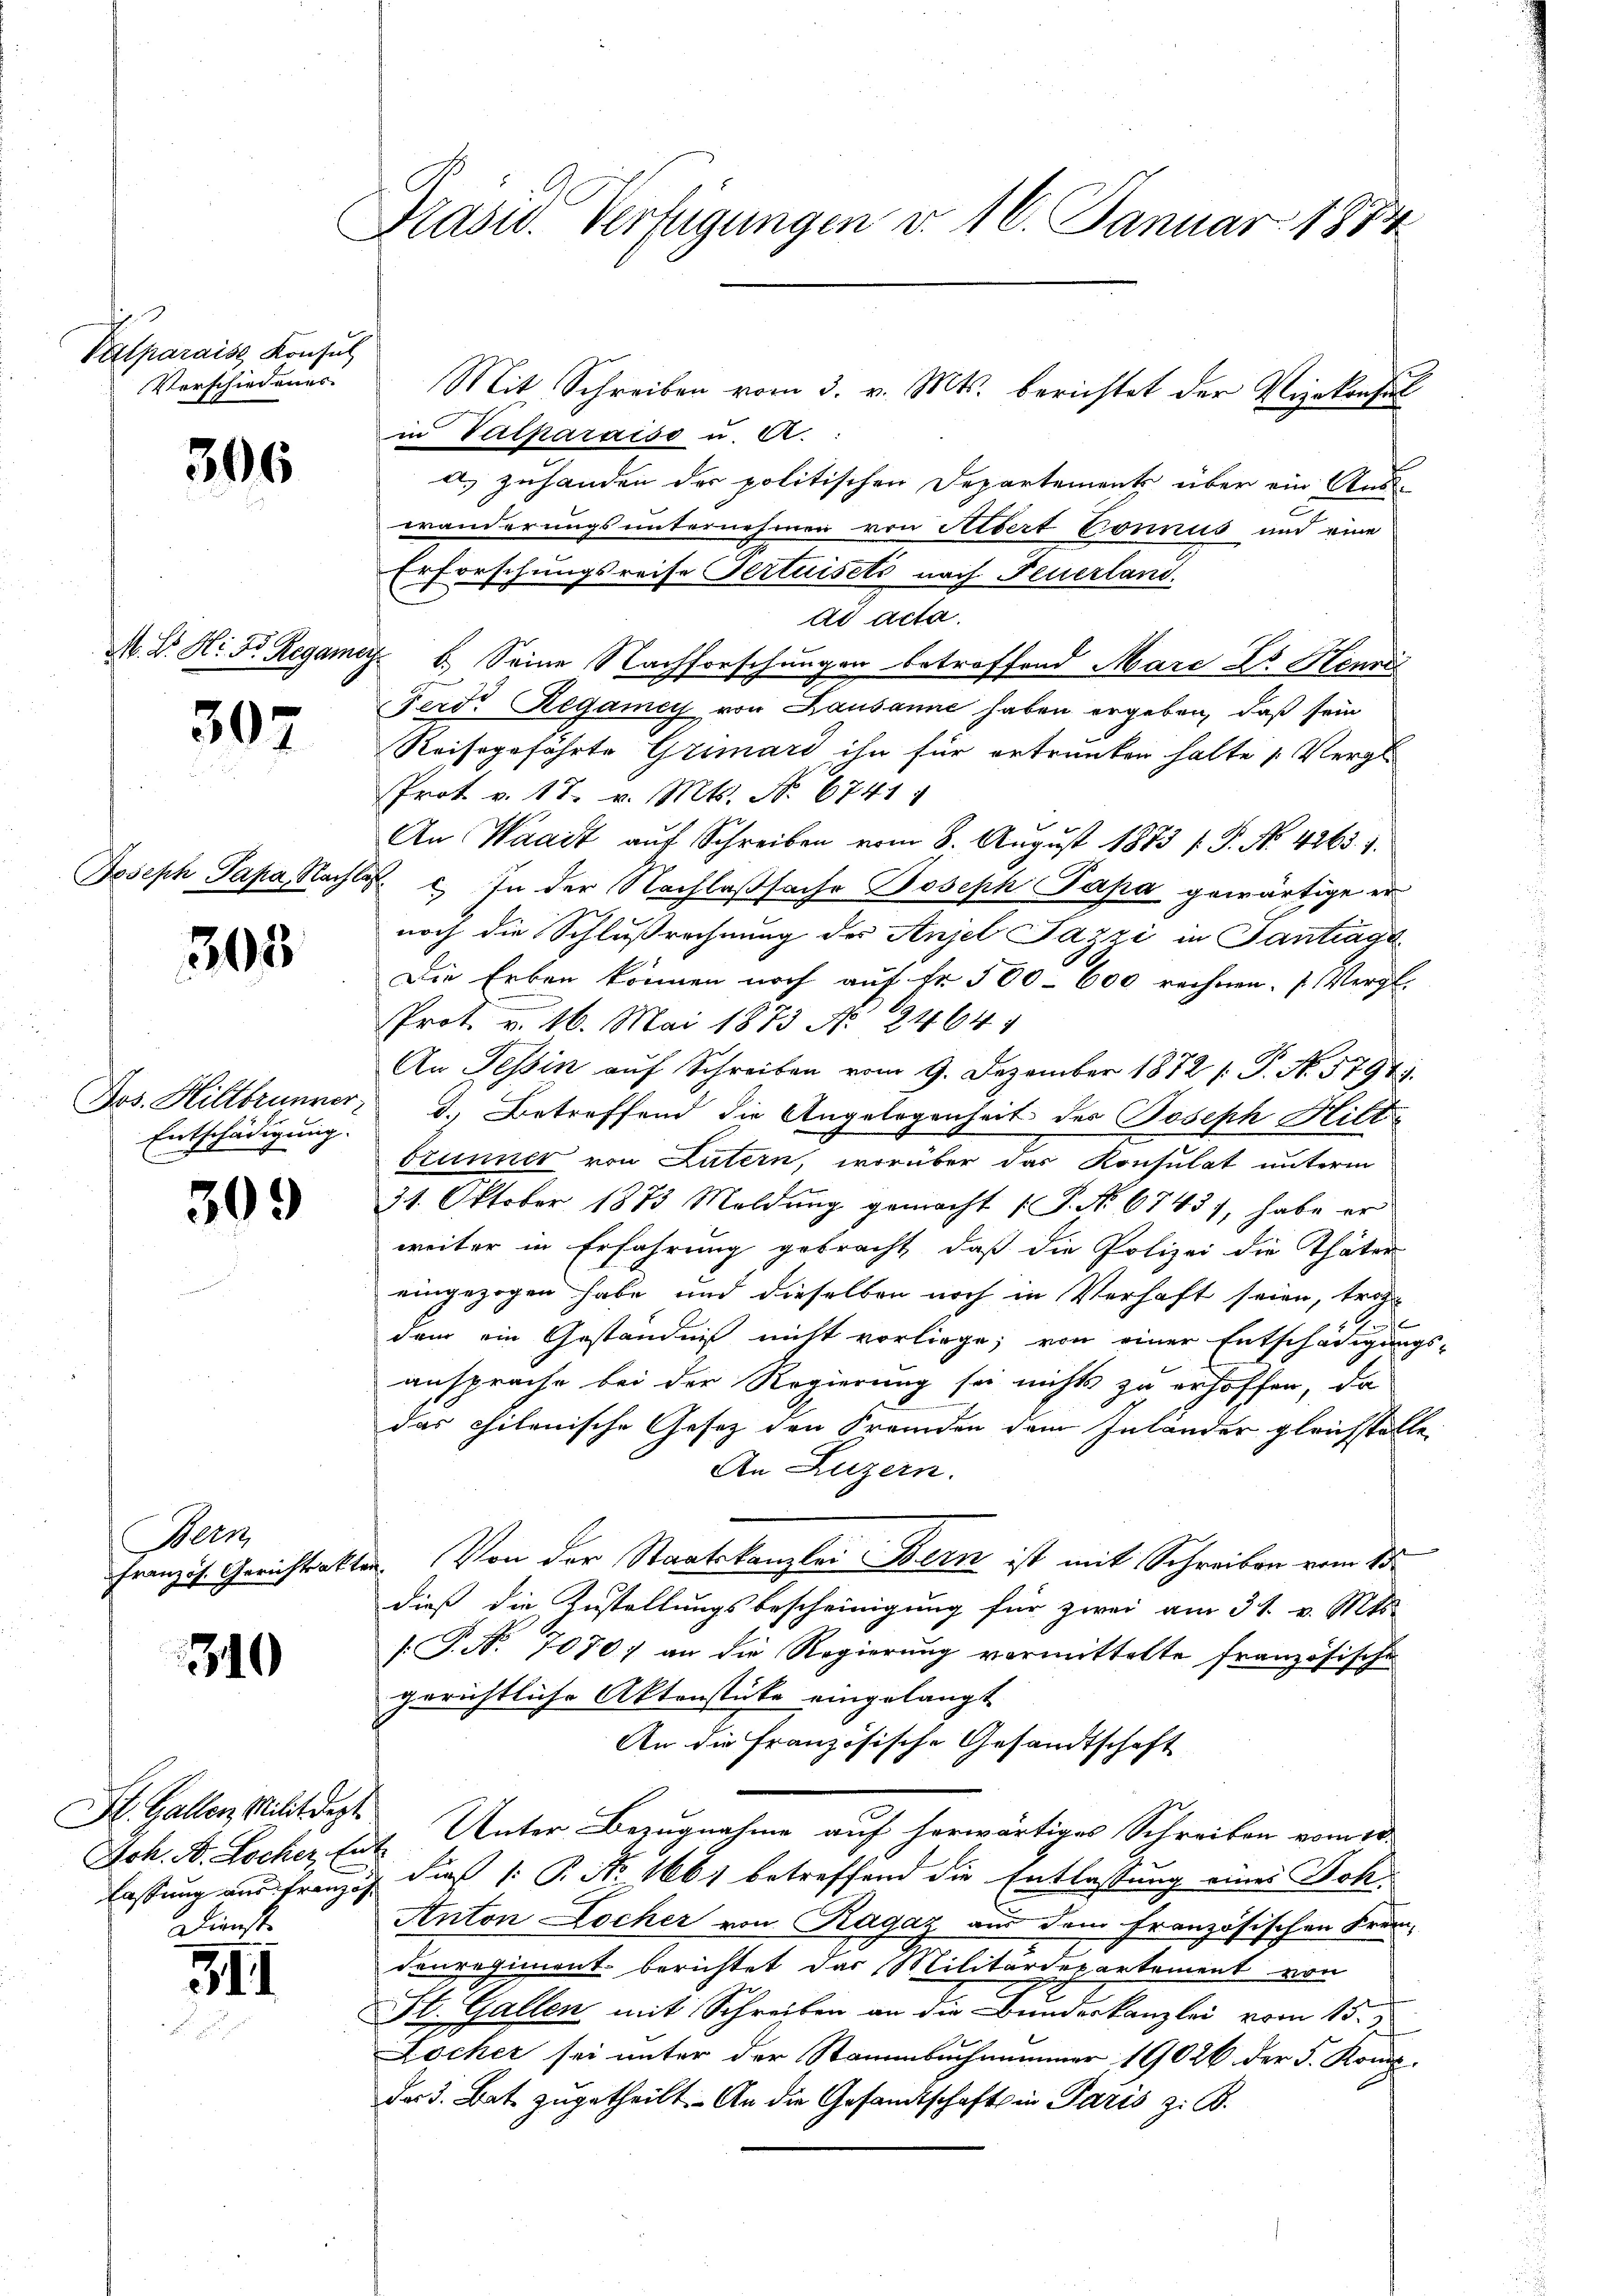
Valparaise Konsul
Verschiedenes

306

M. Dr. H. Dr. Regame

307

Joseph Papa, Nachla¬

305

Jos. Hiltbrunner
Entschädigung.

309

Bern,
Französ. Gerichtsakt

310

St. Gallen Milit dept.
Joh. A. Locker, (
lassung aus französ
Dienst

3II

Präsid. Verfügungen d. 16. Januar 1884

Mit Schreiben vom 3. v. Mts. berichtet der Vizekonsul
in Valparaiso u. a.:
a) zuhanden der politischen Departement über ein Aus-
wanderungsunternehmen von Albert Connus und eine
Erforschungsreise Gertuisets nach Feuerland.
ad acta.
b.) Seine Nachforschungen betroffend Mara Dr. Henni
Ferd. Regamey von Lausanne haben ergeben, daß sein
Reisegefährte Grimard ihn für ertrunken halte „Vergle
Prot v. 17. v. Mts. No. 6741.
An Waadt auf Schreiben vom 8. August 1883 (: P. No. 4265. 7.
  In der Nachlaßsache Joseph Papa gewärtige er
noch die Schlußrechnung des Anjel Pazzi in Gantrage
Die Erben können noch auf Fr. 500–600 rechnen. 1. Vergl.
Prot. v. 16. Mai 1873 No 2464.
A
An Tessin auf Schreiben vom 9. Dezember 1872 (s. No. 5797.
d.) Betreffend die Angelegenheit des Joseph Hilt
brunner von Lutern, worüber das Konsulat unterm
31. Oktober 1873 Moldung gemacht (P. No. 6743), habe er
weiter in Erfahrung gebracht, daß die Polizei die Thäter
eingezogen habe und dieselben noch in Verhaft seien, trotz
.
dem ein Geständniß nicht vorliege; von einer Entschädigungs-
ansprache bei der Regierung sei nichts zu erhoffen, da
das chilenische Gesetz den Fremden dem Inländer gleichstelle.
An Luzern.
Von der Staatskanzlei Bern ist mit Schreiben vom 15.
dieß die Zustellungsbescheinigung für zwei am 31. v. Mts.
[P.N. 1070 an die Regierung vormittelte französische
gerichtliche Aktenstücke eingelangt
An die Französische Gesandtschaft
. Unter Bezugnahme auf herwärtiges Schreiben vom 10.
dieß 1: P. Nr. 1661 betreffend die Entlassung eines Dok¬
Anton Locher von Ragaz aus dem Französischen Fran-
danregiment berichtet das Militärdepartement von
St. Gallen mit Schreiben an die Bundeskanzlei vom 15.
Locher sei unter der Stammbuchnammer 19026 der S. Konz
das 3. Bat. zugetheilt. An die Gesandtschaft in Paris z. B.